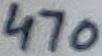
Text: 470